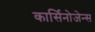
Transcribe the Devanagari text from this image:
कार्सिनोजेन्स